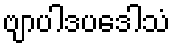
ဗျာပါဒပဒေါသံ